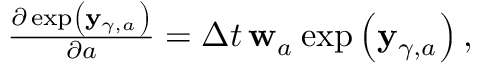
\begin{array} { r } { \frac { \partial \exp \left( { \mathbf y } _ { \gamma { } , a _ { } } \right) } { \partial a } = \Delta t \, \mathbf { w } _ { a _ { } } \exp \left( \mathbf { y } _ { \gamma { } , a _ { } } ^ { } \right) , } \end{array}